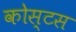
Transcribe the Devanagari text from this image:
कोस्टस